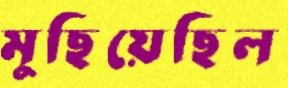
মুছিয়েছিল